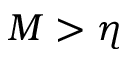
M > \eta